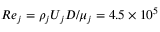
R e _ { j } = { \rho _ { j } U _ { j } D } / { \mu _ { j } } = 4 . 5 \times 1 0 ^ { 5 }